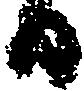
日